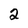
Character: 2